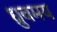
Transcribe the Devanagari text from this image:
ध्रुवमय